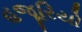
હજૂરિયો